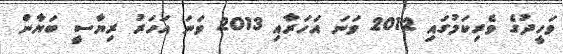
ވަހީދުގެ ވެރިކަމުގައި 2012 ވަނަ އަހަރާއި 2013 ވަނަ އަހަރު ރިޔާސީ ބަޔާން